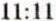
11:11